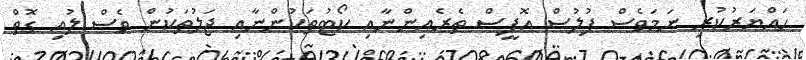
ހައްޔަރުކުރި ނަމަވެސް ފުލުސް އޮފީސް ތެރެއިންނާއި ކޯޓުތަކުންނާއި ޖަލުތަކުން ވެސް ލުއި ގޮތް